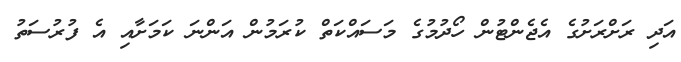
އަދި ރަށްރަށުގެ އެޖެންޓުން ހޯދުމުގެ މަސައްކަތް ކުރަމުން އަންނަ ކަމަށާއި އެ ފުރުސަތު